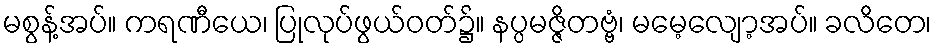
မစွန့်အပ်။ ကရဏီယေ၊ ပြုလုပ်ဖွယ်ဝတ်၌။ နပ္ပမဇ္ဇိတဗ္ဗံ၊ မမေ့လျော့အပ်။ ခလိတေ၊